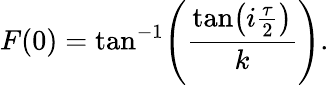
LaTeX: F(0)=\tan^{-1}\! \left(\frac{{\tan\! \left(i\frac{\tau}{2}\right)}}{k}\right).